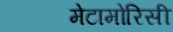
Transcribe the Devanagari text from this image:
मेटामोरिसी